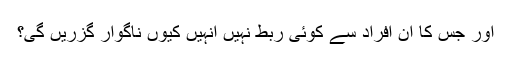
اور جس کا ان افراد سے کوئی ربط نہیں انہیں کیوں ناگوار گزریں گی؟